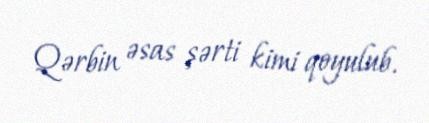
Qərbin əsas şərti kimi qoyulub.